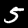
Digit: 5